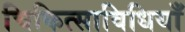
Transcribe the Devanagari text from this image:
चिकित्साविधियाँ